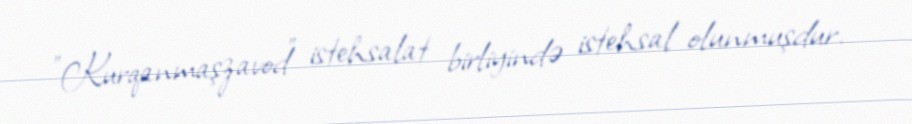
"Kurqanmaşzavod" istehsalat birliyində istehsal olunmuşdur.